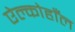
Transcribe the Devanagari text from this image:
ऐल्कोहाँल